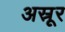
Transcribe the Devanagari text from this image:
अस्रूर